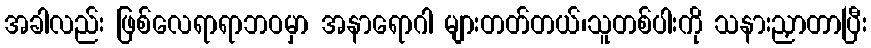
အခါလည်း ဖြစ်လေရာရာဘဝမှာ အနာရောဂါ များတတ်တယ်၊သူတစ်ပါးကို သနားညှာတာပြီး